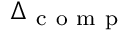
\Delta _ { \mathrm { ~ c ~ o ~ m ~ p ~ } }